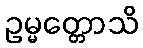
ဥမ္မတ္တောသိ